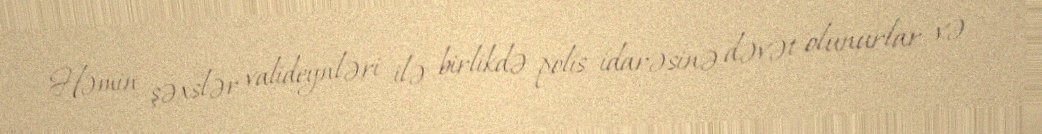
Həmin şəxslər valideynləri ilə birlikdə polis idarəsinə dəvət olunurlar və